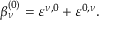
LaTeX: \beta _ { \nu } ^ { ( 0 ) } = \varepsilon ^ { \nu , 0 } + \varepsilon ^ { 0 , \nu } .